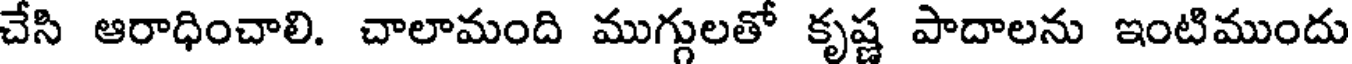
చేసి ఆరాధించాలి. చాలామంది ముగ్గులతో కృష్ణ పాదాలను ఇంటిముందు